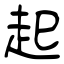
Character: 起